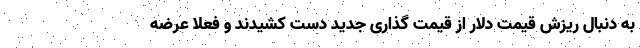
به دنبال ریزش قیمت دلار از قیمت گذاری جدید دست کشیدند و فعلا عرضه